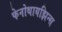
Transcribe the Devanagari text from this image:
फेनोथायझिन्स